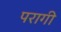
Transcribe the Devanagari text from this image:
परागी